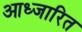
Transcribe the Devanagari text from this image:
आध्जारित